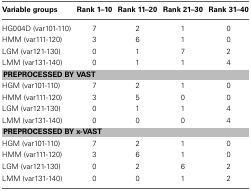
| Variable groups | Rank 1–10 | Rank 11–20 | Rank 21–30 | Rank 31–40 |
 | --- | --- | --- | --- | --- |
 | HG004D (var101-110) | 7 | 2 | 1 | 0 |
 | HMM (var111-120) | 3 | 6 | 1 | 0 |
 | LGM (var121-130) | 0 | 1 | 7 | 2 |
 | LMM (var131-140) | 0 | 1 | 1 | 4 |
 | <COLSPAN=5> PREPROCESSED BY VAST |
 | HGM (var101-110) | 7 | 2 | 1 | 0 |
 | HMM (var111-120) | 3 | 5 | 0 | 0 |
 | LGM (var121-130) | 0 | 1 | 1 | 4 |
 | LMM (var131-140) | 0 | 0 | 0 | 4 |
 | <COLSPAN=5> PREPROCESSED BY x-VAST |
 | HGM (var101-110) | 7 | 2 | 1 | 0 |
 | HMM (var111-120) | 3 | 6 | 1 | 0 |
 | LGM (var121-130) | 0 | 2 | 6 | 2 |
 | LMM (var131-140) | 0 | 0 | 1 | 2 |